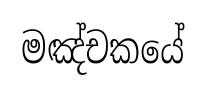
මඤ්චකයේ